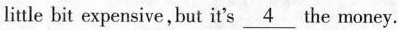
little bit expensive,but it's\underline{4} the money.